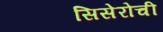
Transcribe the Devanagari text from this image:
सिसेरोची